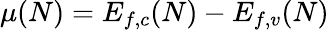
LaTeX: \mu(N)=E_{f,c}(N)-E_{f,v}(N)